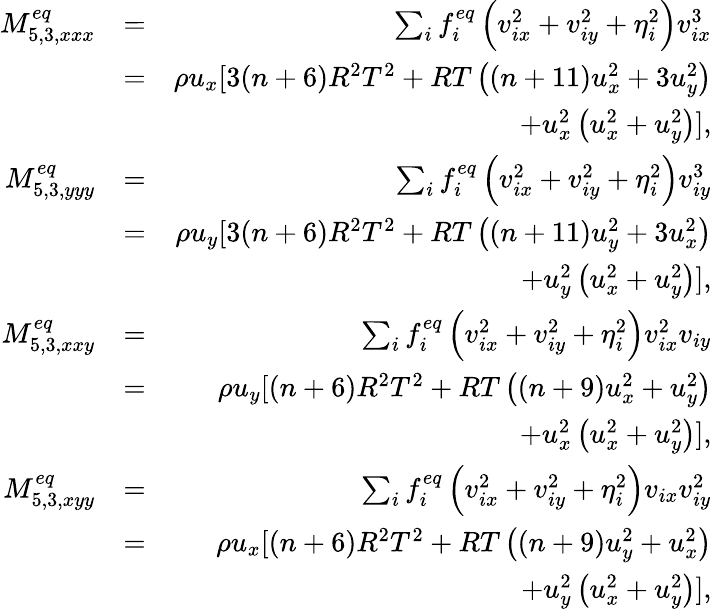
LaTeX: \begin{array}{rlr}{M_{5,3,xxx}^{eq}}&{=}&{\sum_{i}{f_{i}^{eq}\left({v_{ix}^{2}+v_{iy}^{2}+\eta_{i}^{2}}\right)v_{ix}^{3}}}\\ &{=}&{\rho u_{x}[3(n+6)R^{2}T^{2}+RT\left((n+11)u_{x}^{2}+3u_{y}^{2}\right)}\\ &{}&{+u_{x}^{2}\left(u_{x}^{2}+u_{y}^{2}\right)],}\\ {M_{5,3,yyy}^{eq}}&{=}&{\sum_{i}{f_{i}^{eq}\left({v_{ix}^{2}+v_{iy}^{2}+\eta_{i}^{2}}\right)v_{iy}^{3}}}\\ &{=}&{\rho u_{y}[3(n+6)R^{2}T^{2}+RT\left((n+11)u_{y}^{2}+3u_{x}^{2}\right)}\\ &{}&{+u_{y}^{2}\left(u_{x}^{2}+u_{y}^{2}\right)],}\\ {M_{5,3,xxy}^{eq}}&{=}&{\sum_{i}{f_{i}^{eq}\left({v_{ix}^{2}+v_{iy}^{2}+\eta_{i}^{2}}\right)v_{ix}^{2}v_{iy}}}\\ &{=}&{\rho u_{y}[(n+6)R^{2}T^{2}+RT\left((n+9)u_{x}^{2}+u_{y}^{2}\right)}\\ &{}&{+u_{x}^{2}\left(u_{x}^{2}+u_{y}^{2}\right)],}\\ {M_{5,3,xyy}^{eq}}&{=}&{\sum_{i}{f_{i}^{eq}\left({v_{ix}^{2}+v_{iy}^{2}+\eta_{i}^{2}}\right)v_{ix}v_{iy}^{2}}}\\ &{=}&{\rho u_{x}[(n+6)R^{2}T^{2}+RT\left((n+9)u_{y}^{2}+u_{x}^{2}\right)}\\ &{}&{+u_{y}^{2}\left(u_{x}^{2}+u_{y}^{2}\right)],}\end{array}